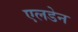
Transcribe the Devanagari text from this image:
एलडेन